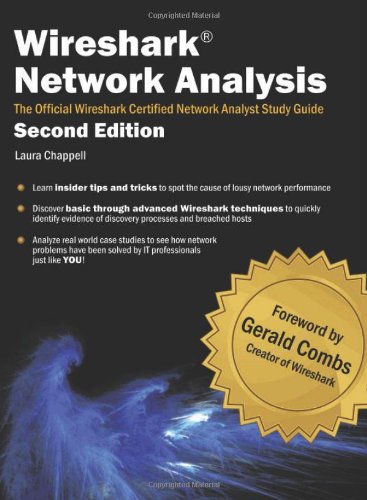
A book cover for Wireshark Network Analysis (Second Edition): The Official Wireshark Certified Network Analyst Study Guide; Laura Chappell; Engineering & Transportation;